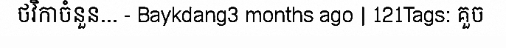
ថវិកាចំនួន... - Baykdang3 months ago | 121Tags: គួច